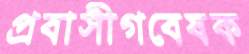
প্রবাসীগবেষক